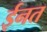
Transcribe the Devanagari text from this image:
ईनत